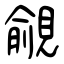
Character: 覦